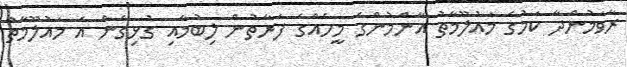
ރާވަމުންދާ ކަމުގެ މައުލޫމާތު އާންމުންގެ މީހެއްގެ ފަރާތުން ލިބުމާއި ގުޅިގެން އެ މައުލޫމާތު